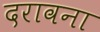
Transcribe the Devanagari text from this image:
दरावना